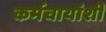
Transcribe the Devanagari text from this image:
कर्मचायांशी